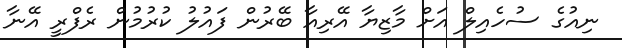
ނިއުގެ ސުހެއިލް އަށް މާޒިޔާ އޭރިއާ ބޭރުން ފައުލު ކުރުމުން ރެފްރީ އޭނާ